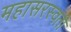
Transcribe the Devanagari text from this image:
महासरस्‍वती